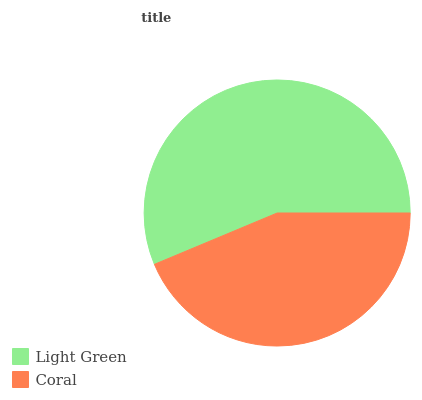
| Light Green | Coral |
 | --- | --- |
 | 56.3% | 43.7% |